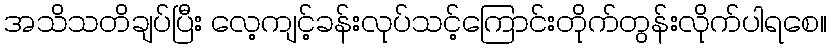
အသိသတိချပ်ပြီး လေ့ကျင့်ခန်းလုပ်သင့်ကြောင်းတိုက်တွန်းလိုက်ပါရစေ။